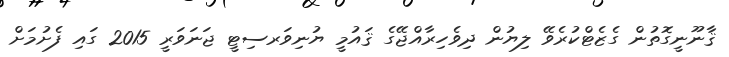
ޤާނޫނީގޮތުން ގެޒެޓްކުރެވޭ ލިޔުން ދިވެހިރާއްޖޭގެ ޤައުމީ ޔުނިވަރސިޓީ ޖަނަވަރީ 2015 ގައި ފެށުމަށް